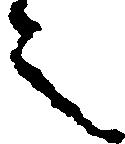
之